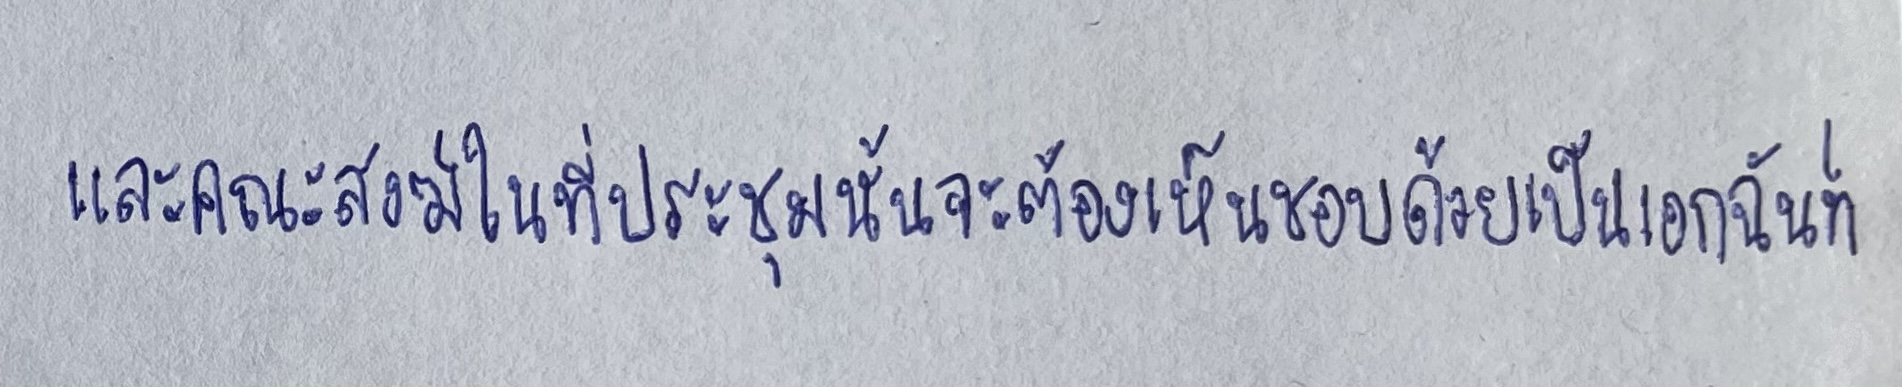
และคณะสงฆ์ในที่ประชุมนั้นจะต้องเห็นชอบด้วยเป็นเอกฉันท์